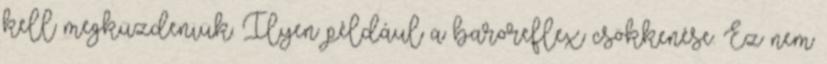
kell megküzdeniük. Ilyen például a baroreflex csökkenése. Ez nem